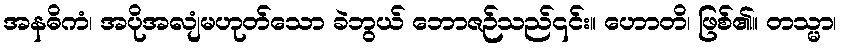
အနဓိကံ၊ အပိုအလျံမဟုတ်သော ခဲဘွယ် ဘောဇဉ်သည်၎င်း။ ဟောတိ၊ ဖြစ်၏။ တသ္မာ၊